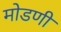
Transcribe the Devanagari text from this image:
मोडणी